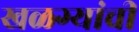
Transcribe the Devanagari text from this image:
खळग्यांची